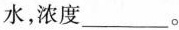
水，浓度___。